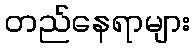
တည်နေရာများ